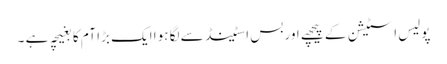
پولیس اسٹیشن کے پیچھے اور بس اسٹینڈ سے لگا ہوا ایک بڑا آم کا بغیچہ ہے ۔